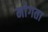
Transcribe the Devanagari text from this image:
मा॑गता